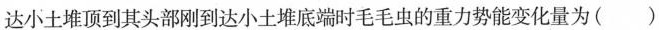
达小土堆顶到其头部刚到达小土堆底端时毛毛虫的重力势能变化量为( )